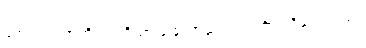
အောက်ပါအတိုင်း ကြိယာ ခြောက်ဆယ် လင်္ကာပါရှိလေသည်။